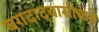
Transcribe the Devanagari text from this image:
बगदादवासीयांचे